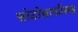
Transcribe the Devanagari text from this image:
फोटोग्राफीसह